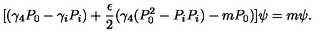
[ ( \gamma _ { 4 } P _ { 0 } - \gamma _ { i } P _ { i } ) + \frac { \epsilon } { 2 } ( \gamma _ { 4 } ( P _ { 0 } ^ { 2 } - P _ { i } P _ { i } ) - m P _ { 0 } ) ] \psi = m \psi .